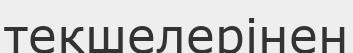
текшелерінен